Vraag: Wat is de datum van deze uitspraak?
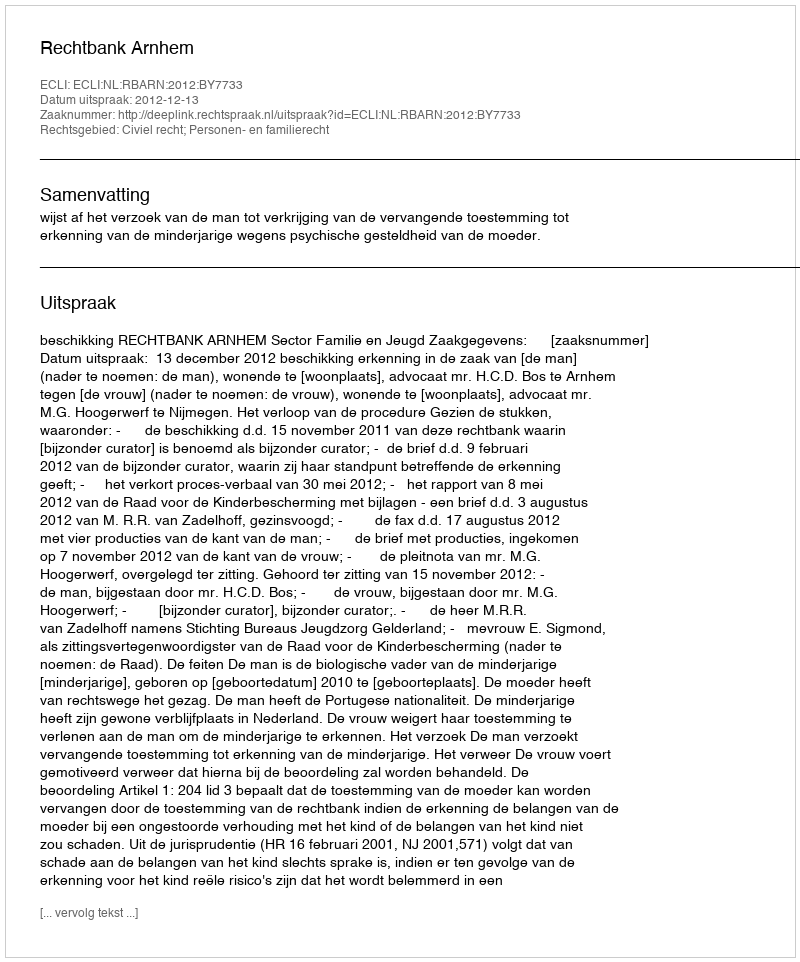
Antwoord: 2012-12-13